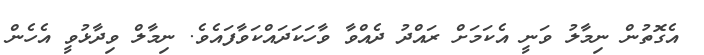
އެގޮތުން ނިމާލު ވަނީ އެކަމަށް ރައްދު ދެއްވާ ވާހަކަދައްކަވާފައެވެ. ނިމާލް ވިދާޅުވީ އެހެން